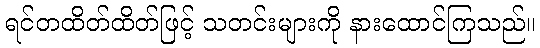
ရင်တထိတ်ထိတ်ဖြင့် သတင်းများကို နားထောင်ကြသည်။